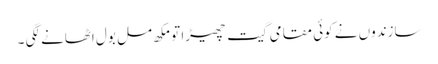
سازندوں نے کوئی مقامی گیت چھیڑا تو مکھ مل بول اٹھانے لگی ۔